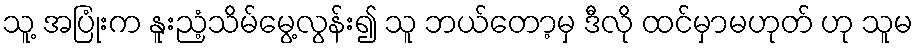
သူ့ အပြုံးက နူးညံ့သိမ်မွေ့လွန်း၍ သူ ဘယ်တော့မှ ဒီလို ထင်မှာမဟုတ် ဟု သူမ